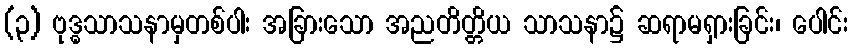
(၃) ဗုဒ္ဓသာသနာမှတစ်ပါး အခြားသော အညတိတ္တိယ သာသနာ၌ ဆရာမရှားခြင်း၊ ပေါင်း